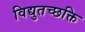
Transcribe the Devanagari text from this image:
विद्युतच्छक्ति